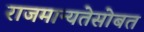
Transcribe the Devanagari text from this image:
राजमान्यतेसोबत